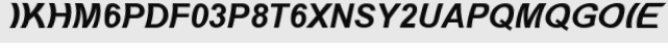
IKHM6PDF03P8T6XNSY2UAPQMQGOIE